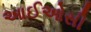
આઈઓસી